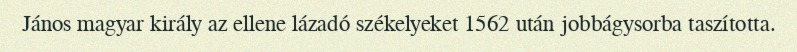
János magyar király az ellene lázadó székelyeket 1562 után jobbágysorba taszította.